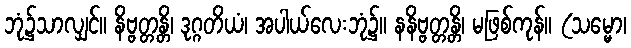
ဘုံ၌သာလျှင်။ နိဗ္ဗတ္တန္တိ၊ ဒုဂ္ဂတိယံ၊ အပါယ်လေးဘုံ၌။ နနိဗ္ဗတ္တန္တိ၊ မဖြစ်ကုန်။ (သမ္မော၊